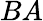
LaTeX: BA